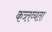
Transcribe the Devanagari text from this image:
कत्र्तव्यता